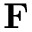
\mathbf { F }